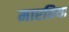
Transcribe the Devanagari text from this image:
मारविया